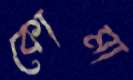
কোমা